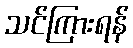
သင်ကြားရန်